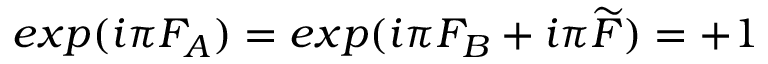
e x p ( i \pi F _ { A } ) = e x p ( i \pi F _ { B } + i \pi \widetilde { F } ) = + 1